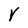
Character: Y